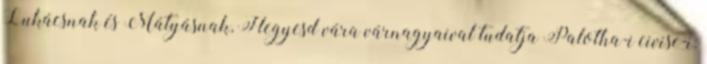
Lukácsnak és Mátyásnak, Hegyesd vára várnagyaival tudatja Palotha-i civise-i: